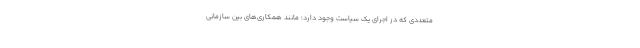
متعددی که در اجرای یک سیاست وجود دارد؛ مانند همکاری‌های بین سازمانی